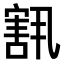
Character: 𫳶